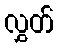
လွှတ်